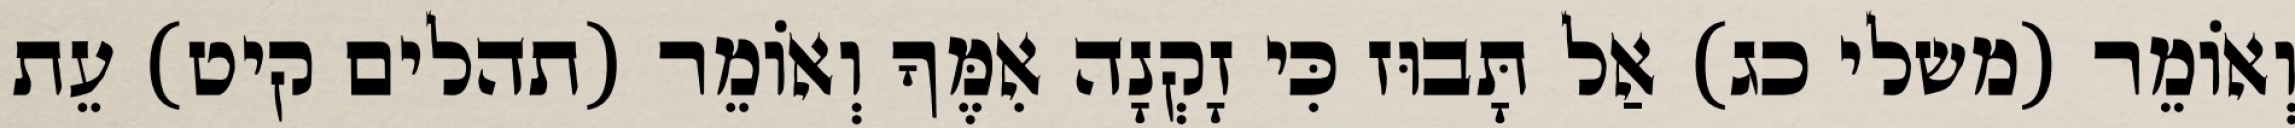
וְאוֹמֵר (משלי כג) אַל תָּבוּז כִּי זָקְנָה אִמֶּךָ וְאוֹמֵר (תהלים קיט) עֵת